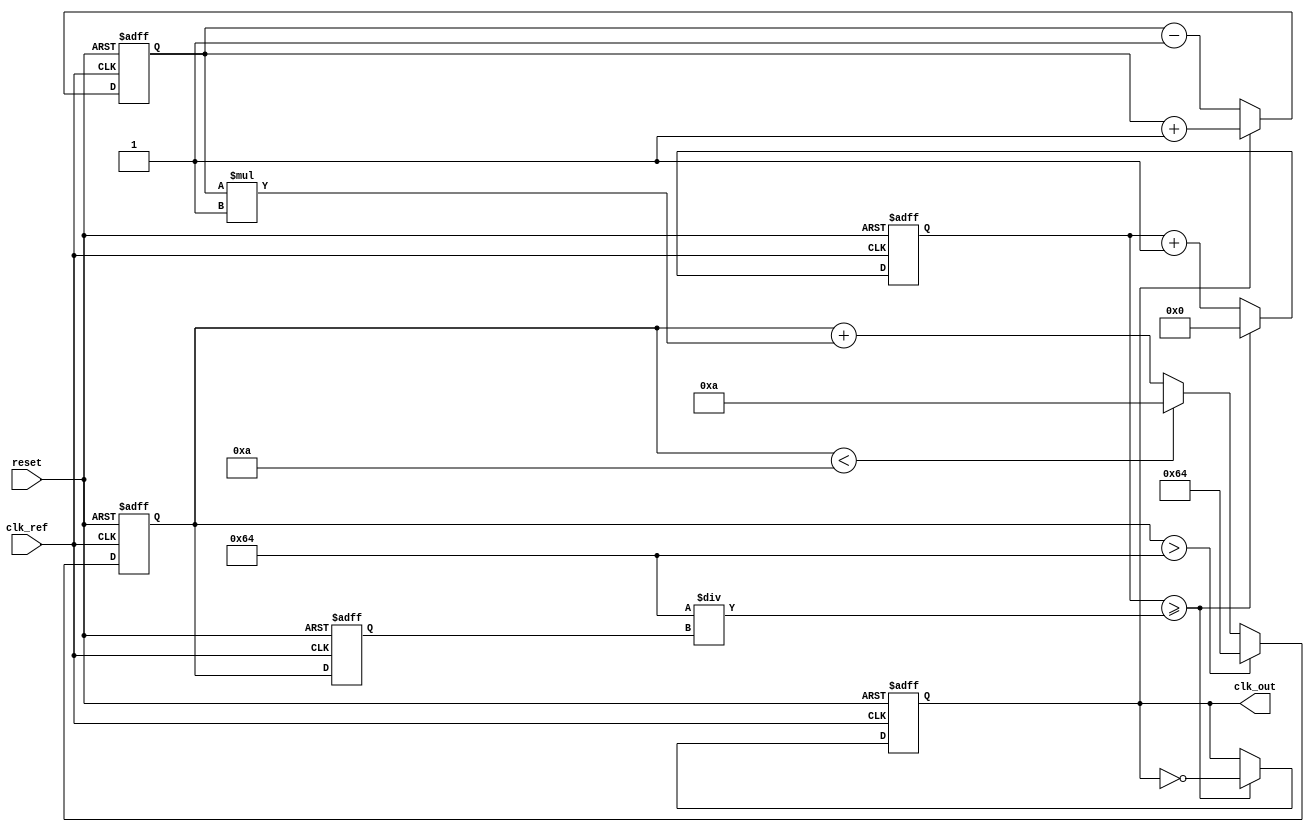
module PLL (
    input wire clk_ref,         // Reference clock input
    input wire reset,           // Reset signal
    output reg clk_out          // Output clock
);

// Parameters
parameter VCO_MAX_FREQ = 100; // Maximum frequency of VCO
parameter VCO_MIN_FREQ = 10;   // Minimum frequency of VCO
parameter LOOP_FILTER_GAIN = 1; // Gain for loop filter

// Internal signals
reg [7:0] phase_error;         // Phase error signal
reg [7:0] control_voltage;      // Control voltage for VCO
reg [7:0] vco_freq;            // Current frequency of VCO
reg [31:0] counter;            // Counter for generating output clock

// Phase Detector
always @(posedge clk_ref or posedge reset) begin
    if (reset) begin
        phase_error <= 0;
    end else begin
        // Simple phase detector logic (for demonstration)
        // This would typically compare the phase of clk_ref and clk_out
        if (clk_out) begin
            phase_error <= phase_error + 1; // Increment error
        end else begin
            phase_error <= phase_error - 1; // Decrement error
        end
    end
end

// Loop Filter
always @(posedge clk_ref or posedge reset) begin
    if (reset) begin
        control_voltage <= 0;
    end else begin
        // Simple first-order loop filter
        control_voltage <= control_voltage + (phase_error * LOOP_FILTER_GAIN);
        // Clamp control voltage to VCO frequency range
        if (control_voltage > VCO_MAX_FREQ) begin
            control_voltage <= VCO_MAX_FREQ;
        end else if (control_voltage < VCO_MIN_FREQ) begin
            control_voltage <= VCO_MIN_FREQ;
        end
    end
end

// Voltage-Controlled Oscillator (VCO)
always @(posedge clk_ref or posedge reset) begin
    if (reset) begin
        vco_freq <= VCO_MIN_FREQ;
        clk_out <= 0;
        counter <= 0;
    end else begin
        // Update VCO frequency based on control voltage
        vco_freq <= control_voltage;

        // Generate output clock based on VCO frequency
        counter <= counter + 1;
        if (counter >= (100 / vco_freq)) begin // Adjust divisor for frequency
            clk_out <= ~clk_out; // Toggle output clock
            counter <= 0;
        end
    end
end

endmodule